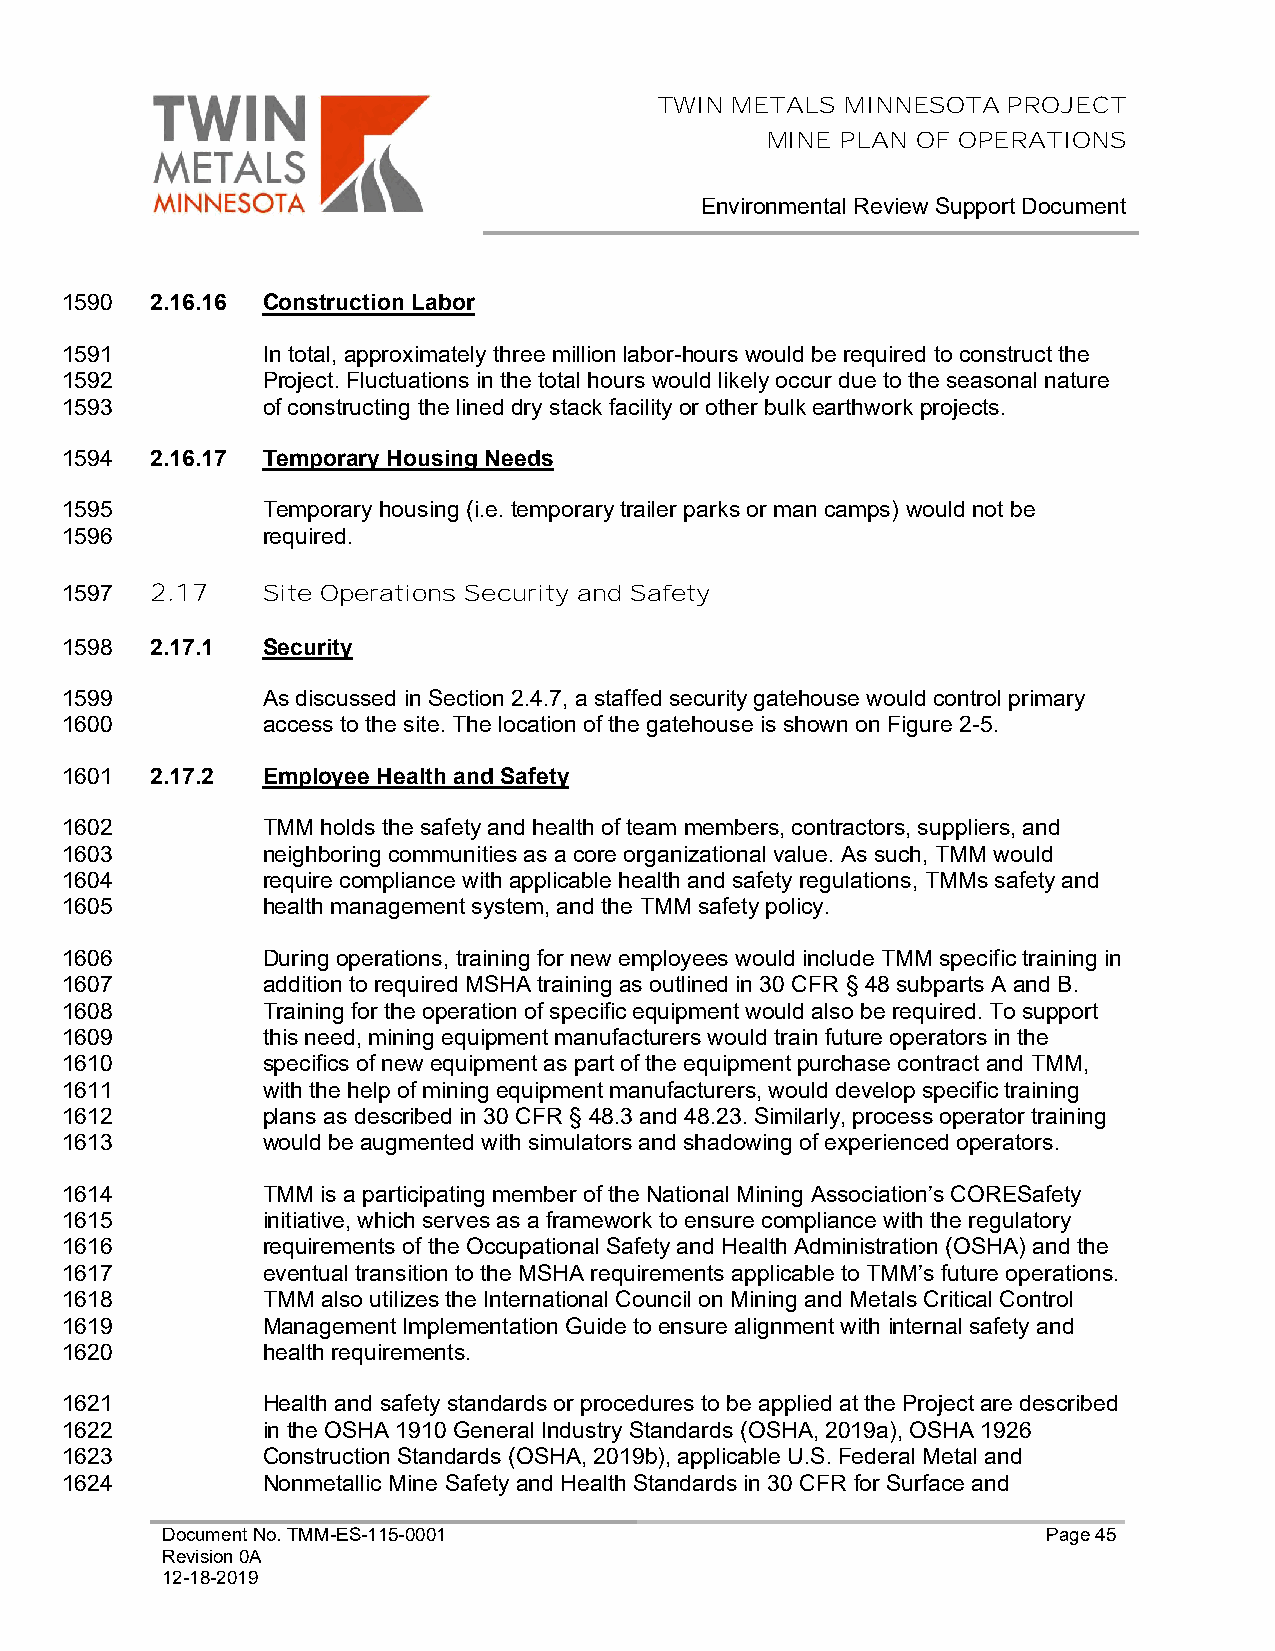
TWIN METALS MINNESOTA  PROJECT
 MINE PLAN OF OPERATIONS
 Environmental Review Support Document
 1590  2.16.16 Construction Labor
 1591         In total, approximately three million labor-hours would be required to construct the
 1592         Project. Fluctuations in the total hours would likely occur due to the seasonal nature
 1593         of constructing the lined dry stack facility or other bulk earthwork projects.
 1594  2.16.17 Temporary Housing Needs
 1595         Temporary housing (i.e. temporary trailer parks or man camps) would not be
 1596         required.
 1597  2.17   Site Operations Security and Safety
 1598  2.17.1 Security
 1599         As discussed in Section 2.4.7, a staffed security gatehouse would control primary
 1600         access to the site. The location of the gatehouse is shown on Figure 2-5.
 1601  2.17.2 Employee Health and Safety
 1602         TMM holds the safety and health of team members, contractors, suppliers, and
 1603         neighboring communities as a core organizational value. As such, TMM would
 1604         require compliance with applicable health and safety regulations, TMMs safety and
 1605         health management system, and the TMM safety policy.
 1606         During operations, training for new employees would include TMM specific training in
 1607         addition to required MSHA training as outlined in 30 CFR § 48 subparts A and B.
 1608         Training for the operation of specific equipment would also be required. To support
 1609         this need, mining equipment manufacturers would train future operators in the
 1610         specifics of new equipment as part of the equipment purchase contract and TMM,
 1611         with the help of mining equipment manufacturers, would develop specific training
 1612         plans as described in 30 CFR § 48.3 and 48.23. Similarly, process operator training
 1613         would be augmented with simulators and shadowing of experienced operators.
 1614         TMM is a participating member of the National Mining Association’s CORESafety
 1615         initiative, which serves as a framework to ensure compliance with the regulatory
 1616         requirements of the Occupational Safety and Health Administration (OSHA) and the
 1617         eventual transition to the MSHA requirements applicable to TMM’s future operations.
 1618         TMM also utilizes the International Council on Mining and Metals Critical Control
 1619         Management Implementation Guide to ensure alignment with internal safety and
 1620         health requirements.
 1621         Health and safety standards or procedures to be applied at the Project are described
 1622         in the OSHA 1910 General Industry Standards (OSHA, 2019a), OSHA 1926
 1623         Construction Standards (OSHA, 2019b), applicable U.S. Federal Metal and
 1624         Nonmetallic Mine Safety and Health Standards in 30 CFR for Surface and
 Document No. TMM-ES-115-0001                              Page 45
 Revision 0A
 12-18-2019